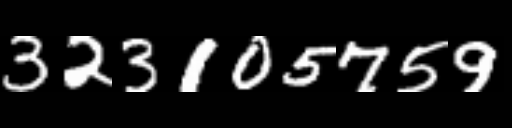
Text: 323105759